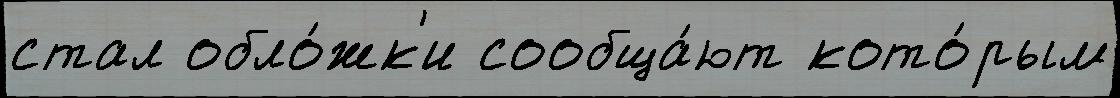
стал обло́жк'и сообща́ют кото́рым